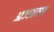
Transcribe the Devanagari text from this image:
आज्यकलाल